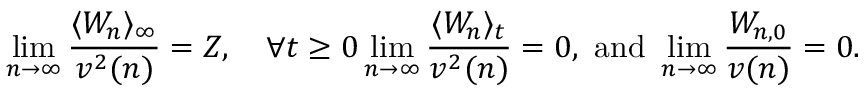
\operatorname* { l i m } _ { n \to \infty } \frac { \langle W _ { n } \rangle _ { \infty } } { v ^ { 2 } ( n ) } = Z , \quad \forall t \ge 0 \operatorname* { l i m } _ { n \to \infty } \frac { \langle W _ { n } \rangle _ { t } } { v ^ { 2 } ( n ) } = 0 , \mathrm { ~ a n d ~ } \operatorname* { l i m } _ { n \to \infty } \frac { W _ { n , 0 } } { v ( n ) } = 0 .